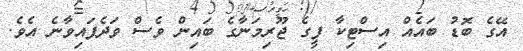
އޭގެ ބޮޑު ބައެއް އިސްޓިކާ ފީގެ ޖޫރިމަނާގެ ބައިން ވެސް ވަދެފައިވާނެ އެވެ.